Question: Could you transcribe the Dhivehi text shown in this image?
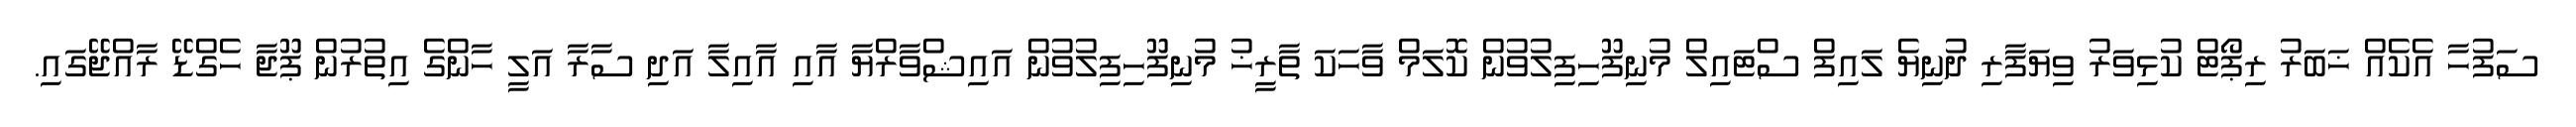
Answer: ސަފުހާ އެކެއް ޚަބަރު ރިޕޯޓް ކުޅިވަރު ވިޔަފާރި ދުނިޔެ ލައިފް ސްޓައިލް މުނިފޫހިފިލުވުން ކޮލަމް ވާހަކަ ތާރީޚު މުނިފޫހިފިލުވުން އައިޝްވާރްޔާ އާއި އާއިލާ އަދި ސާރާ އަލީ ހާންގެ އިތުރުން ޕޫޖާ ހެގްޑޭ ރާއްޖޭގައި.